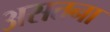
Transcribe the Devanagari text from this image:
असतना